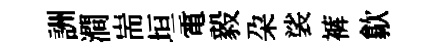
詶澗耑垣電毅朶裟裤歙